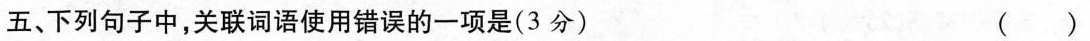
五、下列句子中，关联词语使用错误的一项是 （3分） （ ）